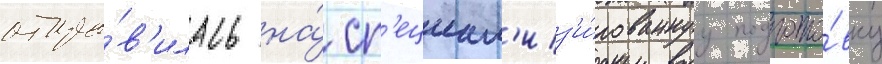
отпра́в'илась на́ сп'ециал'из'и́рованнуу подгото́вку